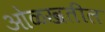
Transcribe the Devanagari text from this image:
ओळखतील